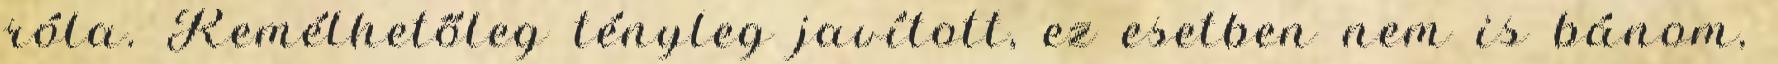
róla. Remélhetőleg tényleg javított, ez esetben nem is bánom,